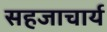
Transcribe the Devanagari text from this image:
सहजाचार्य